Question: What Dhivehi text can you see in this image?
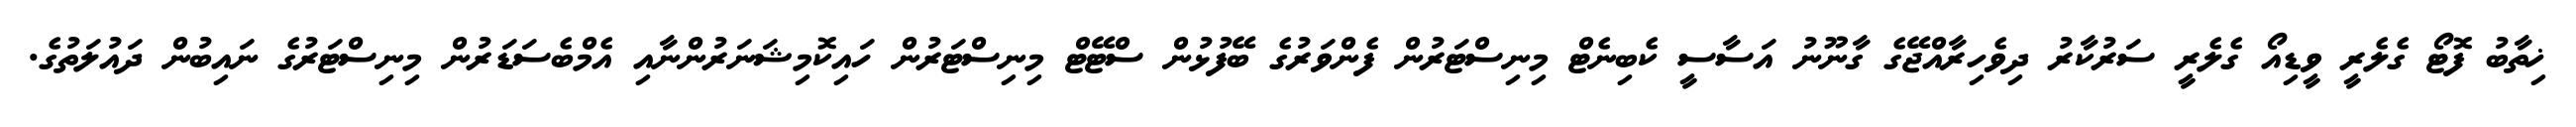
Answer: ޚިތާބު ފޮޓޯ ގެލެރީ ވީޑިއޯ ގެލެރީ ސަރުކާރު ދިވެހިރާއްޖޭގެ ގާނޫނު އަސާސީ ކެބިނެޓް މިނިސްޓަރުން ފެންވަރުގެ ބޭފުޅުން ސްޓޭޓް މިނިސްޓަރުން ހައިކޮމިޝަނަރުންނާއި އެމްބެސަޑަރުން މިނިސްޓަރުގެ ނައިބުން ދައުލަތުގެ.